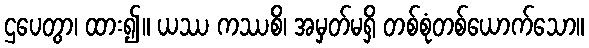
ဌပေတွာ၊ ထား၍။ ယဿ ကဿစိ၊ အမှတ်မရှိ တစ်စုံတစ်ယောက်သော။